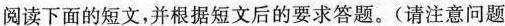
阅读下面的短文,并根据短文后的要求答题.(请注意问题